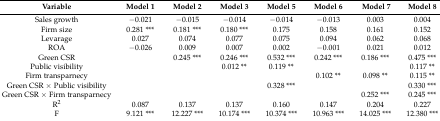
| Variable | Model 1 | Model 2 | Model 3 | Model 5 | Model 6 | Model 7 | Model 8 |
 | --- | --- | --- | --- | --- | --- | --- | --- |
 | Sales growth | −0.021 | −0.015 | −0.014 | −0.014 | −0.013 | 0.003 | 0.004 |
 | Firm size | 0.281 *** | 0.181 *** | 0.180 *** | 0.175 | 0.158 | 0.161 | 0.152 |
 | Levarage | 0.027 | 0.074 | 0.077 | 0.075 | 0.094 | 0.062 | 0.068 |
 | ROA | −0.026 | 0.009 | 0.007 | 0.002 | −0.001 | 0.021 | 0.012 |
 | Green CSR |  | 0.245 *** | 0.246 *** | 0.532 *** | 0.242 *** | 0.186 *** | 0.475 *** |
 | Public visibility |  |  | 0.012 ** | 0.119 ** |  |  | 0.117 ** |
 | Firm transparnecy |  |  |  |  | 0.102 ** | 0.098 ** | 0.115 ** |
 | Green CSR × Public visibility |  |  |  | 0.328 *** |  |  | 0.330 *** |
 | Green CSR × Firm transparnecy |  |  |  |  |  | 0.252 *** | 0.245 *** |
 | R2 | 0.087 | 0.137 | 0.137 | 0.160 | 0.147 | 0.204 | 0.227 |
 | F | 9.121 *** | 12.227 *** | 10.174 *** | 10.374 *** | 10.963 *** | 14.025 *** | 12.380 *** |